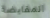
المقايضة